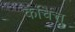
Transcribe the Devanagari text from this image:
केचित्तु